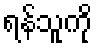
ရန်သူကို